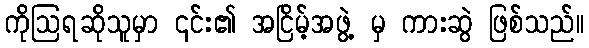
ကိုဩရဆိုသူမှာ ၎င်း၏ အငြိမ့်အဖွဲ့ မှ ကားဆွဲ ဖြစ်သည်။